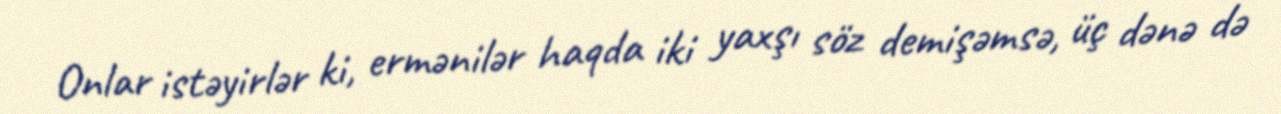
Onlar istəyirlər ki, ermənilər haqda iki yaxşı söz demişəmsə, üç dənə də